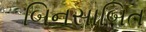
બિનસાબિત